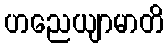
ဟညေယျာမာတိ